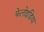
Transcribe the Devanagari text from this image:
फेलोइडिया